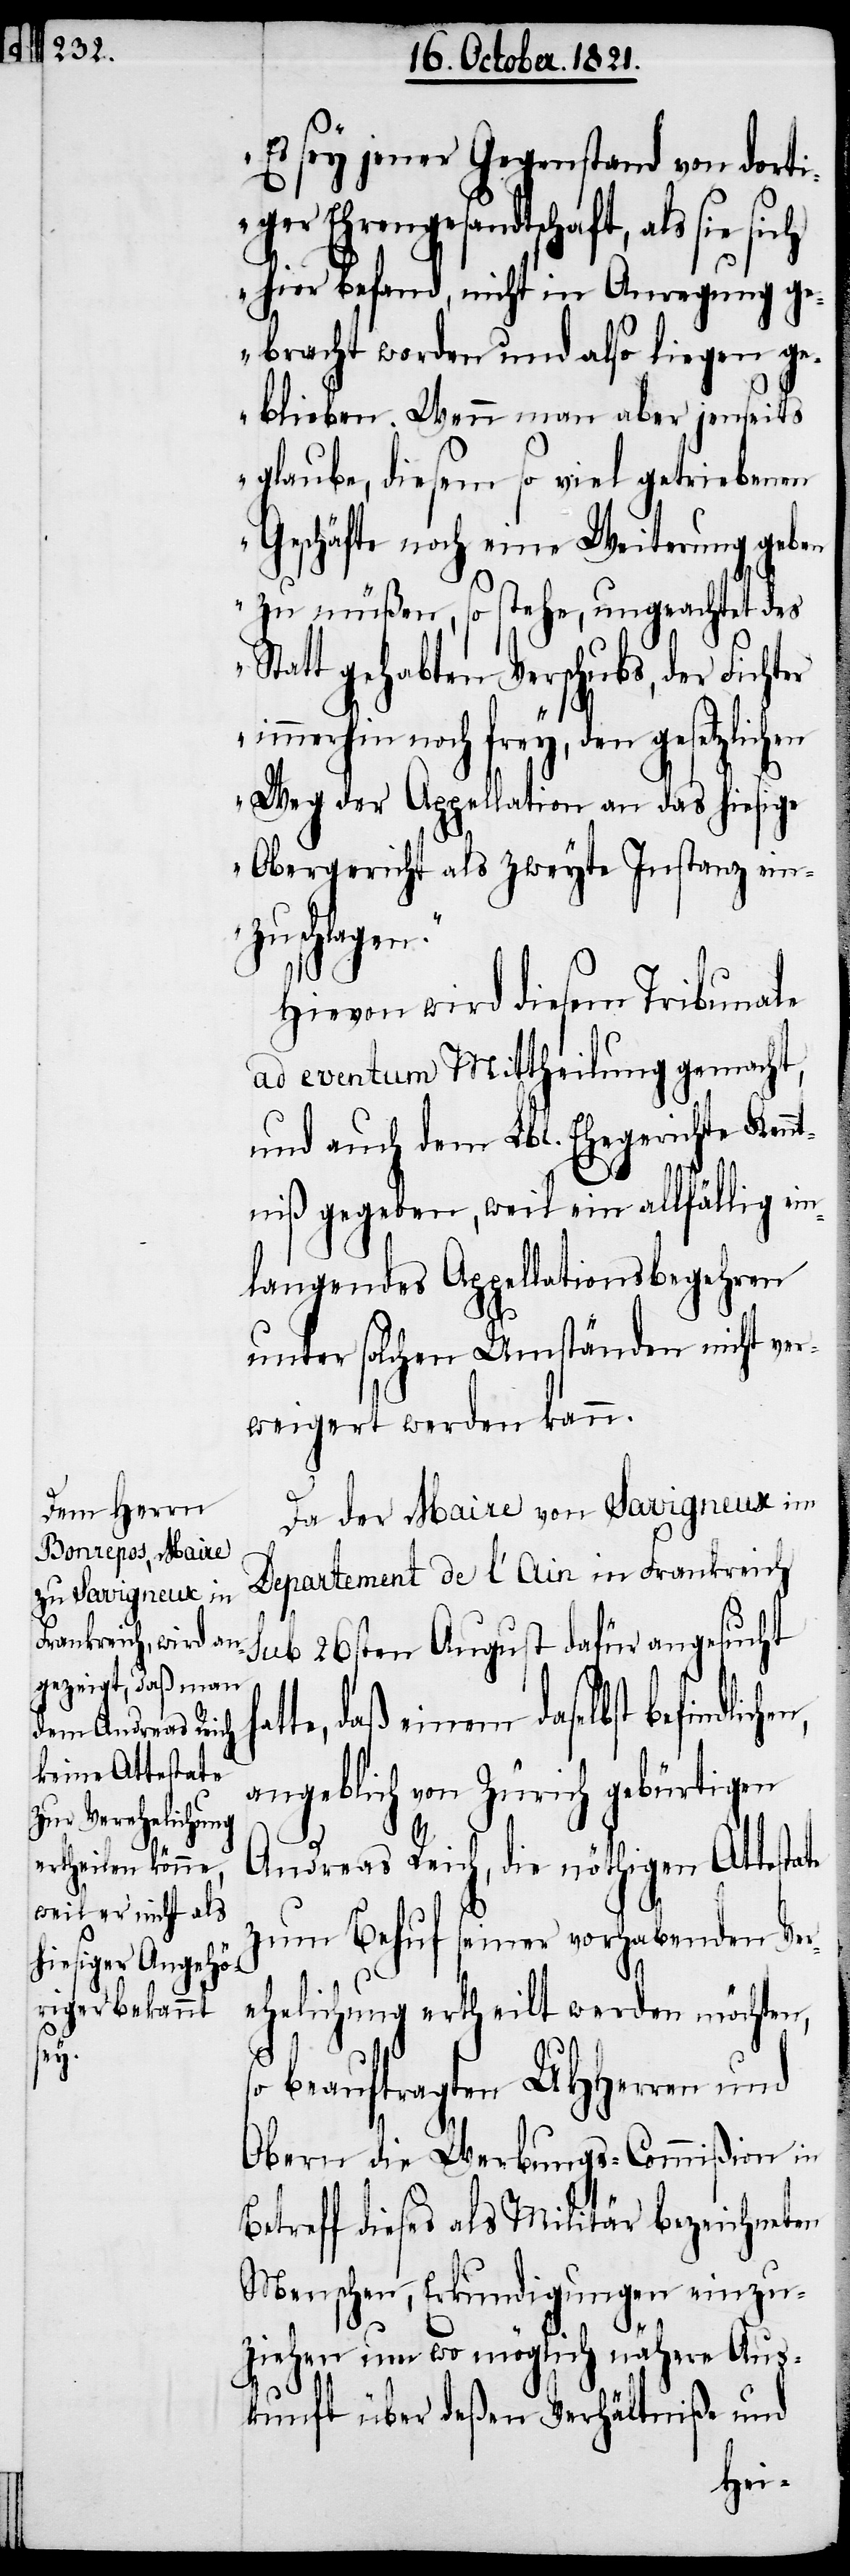
en

sey jener Gegenstand von dorti¬
ger Ehrengesandtschaft, als sie
hier befand, nicht in Anregung g¬
ebracht worden und also liegen ge¬
blieben. Wenn man aber jenseits
glaube, diesem so viel getriebenen
Geschäfte noch eine Weiterung geben
zu müßen, so stehe, ungeachtet des
att gehabten Verschubs, der Fic¬
immerhin noch frey, den gesetzlich¬
Weg der Appellation an das hiesige
Obergericht als zweyte Instanz ein¬
zuschlagen.“
Hievon wird diesem Tribunale
ad eventum Mittheilung gemacht,
und auch dem Lbl. Ehegerichte Kennt¬
St¬
niß gegeben, weil ein allfällig ein¬
langendes Appellationsbegehren
unter solchen Umständen nicht ver¬
weigert werden kann.
Da der Maire von Savigneux im
Departement de l’Ain in Frankreich
sub 26sten August dafür angesucht
te, daß einem daselbst
angeblich von Zürich gebürtigen
Andreas Reich, die nöthigen Attestate
zum Behuf seiner vorgehabten Ver¬
ehelichung ertheilt werden möchten,
beauftragen UHHerren und
Obern die Werbungs-Commißion in
Betreff dieses als Militär bezeichneten
Menschen, Erkundigungen einzu¬
ziehen um wo möglich nähere Aus¬
kunft über deßen Verhältniße und
hat¬